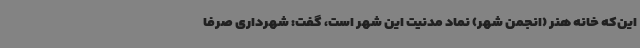
این‌که خانه هنر (انجمن شهر) نماد مدنیت این شهر است، گفت: شهرداری صرفا